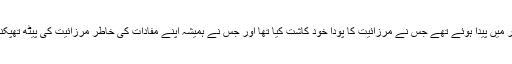
لیکن وہ ایک ایسی حکومت کے دور میں پیدا ہوئے تھے جس نے مرزائیت کا پودا خود کاشت کیا تھا اور جس نے ہمیشہ اپنے مفادات کی خاطر مرزائیت کی پیٹھ تھپکنے کی پالیسی اختیار کی ہوئی تھی۔